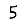
Digit: 5